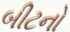
બીટનો